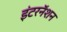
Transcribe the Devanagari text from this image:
इंटरनॅशन